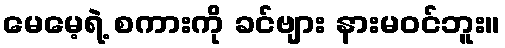
မေမေ့ရဲ့ စကားကို ခင်ဗျား နားမဝင်ဘူး။